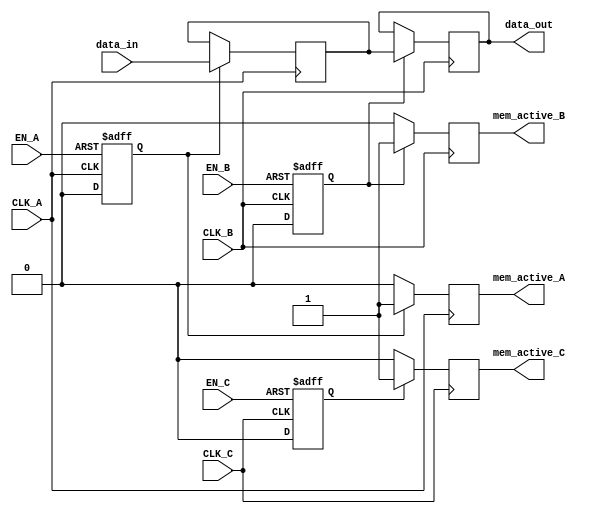
module MemoryBlock (
    input wire CLK_A,
    input wire CLK_B,
    input wire CLK_C,
    input wire EN_A,
    input wire EN_B,
    input wire EN_C,
    input wire [7:0] data_in,
    output reg [7:0] data_out,
    output reg mem_active_A,
    output reg mem_active_B,
    output reg mem_active_C
);

// Parameters for memory size (example: 256 bytes)
parameter MEMORY_SIZE = 256;

// Memory array
reg [7:0] memory [0:MEMORY_SIZE-1];

// Synchronization registers for enable signals
reg en_sync_A, en_sync_B, en_sync_C;

// Synchronize enable signals
always @(posedge CLK_A or posedge EN_A) begin
    if (EN_A) 
        en_sync_A <= 1'b1;
    else 
        en_sync_A <= 1'b0;
end

always @(posedge CLK_B or posedge EN_B) begin
    if (EN_B) 
        en_sync_B <= 1'b1;
    else 
        en_sync_B <= 1'b0;
end

always @(posedge CLK_C or posedge EN_C) begin
    if (EN_C) 
        en_sync_C <= 1'b1;
    else 
        en_sync_C <= 1'b0;
end

// Gating Logic
always @(posedge CLK_A) begin
    if (en_sync_A) begin
        mem_active_A <= 1'b1;
        // Example: Simple write operation
        memory[0] <= data_in; // Write to address 0
    end else begin
        mem_active_A <= 1'b0;
    end
end

always @(posedge CLK_B) begin
    if (en_sync_B) begin
        mem_active_B <= 1'b1;
        // Example: Simple read operation
        data_out <= memory[0]; // Read from address 0
    end else begin
        mem_active_B <= 1'b0;
    end
end

always @(posedge CLK_C) begin
    if (en_sync_C) begin
        mem_active_C <= 1'b1;
        // Control logic for other operations in this clock domain
    end else begin
        mem_active_C <= 1'b0;
    end
end

// Optional: Data retention logic can be added here

endmodule